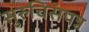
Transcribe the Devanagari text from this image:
सुरुचिसंपन्न